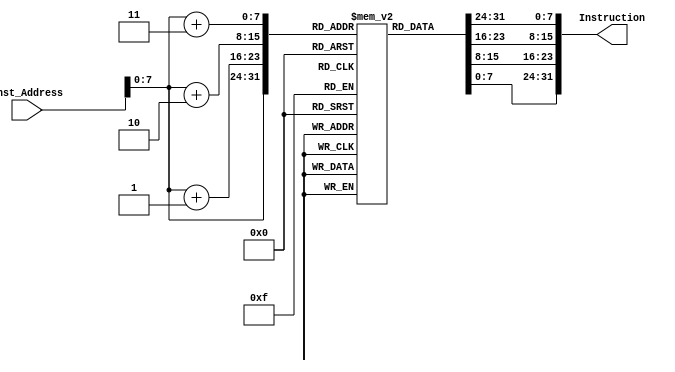
`timescale 1ns/1ps
module Instruction_Memory
(
	input [63:0] Inst_Address,
	output reg [31:0] Instruction
);
	reg [7:0] inst_mem [150:0];
	
	initial
	begin
	
        //0x00600593
    inst_mem[0] = 8'b10010011;
    inst_mem[1] = 8'b00000101;
    inst_mem[2] = 8'b01100000;
    inst_mem[3] = 8'b00000000;
     
    //0x00600e93
    inst_mem[4] = 8'b10010011;
    inst_mem[5] = 8'b00001110;
    inst_mem[6] = 8'b01100000;
    inst_mem[7] = 8'b00000000;
     
    //0x00000f13
    inst_mem[8] = 8'b00010011;
    inst_mem[9] = 8'b00001111;
    inst_mem[10] = 8'b00000000;
    inst_mem[11] = 8'b00000000;
     
    //0x00000f93
    inst_mem[12] = 8'b10010011;
    inst_mem[13] = 8'b00001111;
    inst_mem[14] = 8'b00000000;
    inst_mem[15] = 8'b00000000;
     
    //0x00600e13
    inst_mem[16] = 8'b00010011;
    inst_mem[17] = 8'b00001110;
    inst_mem[18] = 8'b01100000;
    inst_mem[19] = 8'b00000000;
     
    //0x10bf2023
    inst_mem[20] = 8'b00100011;
    inst_mem[21] = 8'b00100000;
    inst_mem[22] = 8'b10111111;
    inst_mem[23] = 8'b00010000;
     
    //0x001f8f93
    inst_mem[24] = 8'b10010011;
    inst_mem[25] = 8'b10001111;
    inst_mem[26] = 8'b00011111;
    inst_mem[27] = 8'b00000000;
     
    //0x008f0f13
    inst_mem[28] = 8'b00010011;
    inst_mem[29] = 8'b00001111;
    inst_mem[30] = 8'b10001111;
    inst_mem[31] = 8'b00000000;
     
    //0xfff58593
    inst_mem[32] = 8'b10010011;
    inst_mem[33] = 8'b10000101;
    inst_mem[34] = 8'b11110101;
    inst_mem[35] = 8'b11111111;
     
    //0x01fe0463
    inst_mem[36] = 8'b01100011;
    inst_mem[37] = 8'b00000100;
    inst_mem[38] = 8'b11111110;
    inst_mem[39] = 8'b00000001;
     
    //0xfe0006e3
    inst_mem[40] = 8'b11100011;
    inst_mem[41] = 8'b00000110;
    inst_mem[42] = 8'b00000000;
    inst_mem[43] = 8'b11111110;
     
    //0x00600593
    inst_mem[44] = 8'b10010011;
    inst_mem[45] = 8'b00000101;
    inst_mem[46] = 8'b01100000;
    inst_mem[47] = 8'b00000000;
     
    //0x00000f13
    inst_mem[48] = 8'b00010011;
    inst_mem[49] = 8'b00001111;
    inst_mem[50] = 8'b00000000;
    inst_mem[51] = 8'b00000000;
     
    //0x05e58263
    inst_mem[52] = 8'b01100011;
    inst_mem[53] = 8'b10000010;
    inst_mem[54] = 8'b11100101;
    inst_mem[55] = 8'b00000101;
     
    //0x41e58a33
    inst_mem[68] = 8'b00110011;
    inst_mem[69] = 8'b10001010;
    inst_mem[70] = 8'b11100101;
    inst_mem[71] = 8'b01000001;
     
    //0xfffa0a13
    inst_mem[64] = 8'b00010011;
    inst_mem[65] = 8'b00001010;
    inst_mem[66] = 8'b11111010;
    inst_mem[67] = 8'b11111111;
     
    //0x00000f93
    inst_mem[60] = 8'b10010011;
    inst_mem[61] = 8'b00001111;
    inst_mem[62] = 8'b00000000;
    inst_mem[63] = 8'b00000000;
     
    //0x00000b93
    inst_mem[56] = 8'b10010011;
    inst_mem[57] = 8'b00001011;
    inst_mem[58] = 8'b00000000;
    inst_mem[59] = 8'b00000000;
     
    //0x001f0f13
    inst_mem[72] = 8'b00010011;
    inst_mem[73] = 8'b00001111;
    inst_mem[74] = 8'b00011111;
    inst_mem[75] = 8'b00000000;
     
    //0xff4f84e3
    inst_mem[76] = 8'b11100011;
    inst_mem[77] = 8'b10000100;
    inst_mem[78] = 8'b01001111;
    inst_mem[79] = 8'b11111111;
     
    //0x001f8f93
    inst_mem[80] = 8'b10010011;
    inst_mem[81] = 8'b10001111;
    inst_mem[82] = 8'b00011111;
    inst_mem[83] = 8'b00000000;
     
    //0x008b8c13
    inst_mem[84] = 8'b00010011;
    inst_mem[85] = 8'b10001100;
    inst_mem[86] = 8'b10001011;
    inst_mem[87] = 8'b00000000;
     
    //0x100ba783
    inst_mem[88] = 8'b10000011;
    inst_mem[89] = 8'b10100111;
    inst_mem[90] = 8'b00001011;
    inst_mem[91] = 8'b00010000;
     
    //0x100c2803
    inst_mem[92] = 8'b00000011;
    inst_mem[93] = 8'b00101000;
    inst_mem[94] = 8'b00001100;
    inst_mem[95] = 8'b00010000;
     
    //0x00f84463
    inst_mem[96] = 8'b01100011;
    inst_mem[97] = 8'b01000100;
    inst_mem[98] = 8'b11111000;
    inst_mem[99] = 8'b00000000;
     
    //0xfe0004e3
    inst_mem[100] = 8'b11100011;
    inst_mem[101] = 8'b00000100;
    inst_mem[102] = 8'b00000000;
    inst_mem[103] = 8'b11111110;
     
    //0x110ba023
    inst_mem[104] = 8'b00100011;
    inst_mem[105] = 8'b10100000;
    inst_mem[106] = 8'b00001011;
    inst_mem[107] = 8'b00010001;
     
    //0x10fc2023
    inst_mem[108] = 8'b00100011;
    inst_mem[109] = 8'b00100000;
    inst_mem[110] = 8'b11111100;
    inst_mem[111] = 8'b00010000;
     
    //0x008b8b93
    inst_mem[112] = 8'b10010011;
    inst_mem[113] = 8'b10001011;
    inst_mem[114] = 8'b10001011;
    inst_mem[115] = 8'b00000000;
     
    //0xfc000ce3
    inst_mem[116] = 8'b11100011;
    inst_mem[117] = 8'b00001100;
    inst_mem[118] = 8'b00000000;
    inst_mem[119] = 8'b11111100;
    
    //06400413
    inst_mem[120] = 8'b00010011;
    inst_mem[121] = 8'b00000100;
    inst_mem[122] = 8'b01000000;
    inst_mem[123] = 8'b00000110;
	
	end
	
	
	always @(Inst_Address)
	begin
		Instruction={inst_mem[Inst_Address+3],inst_mem[Inst_Address+2],inst_mem[Inst_Address+1],inst_mem[Inst_Address]};
	end
endmodule